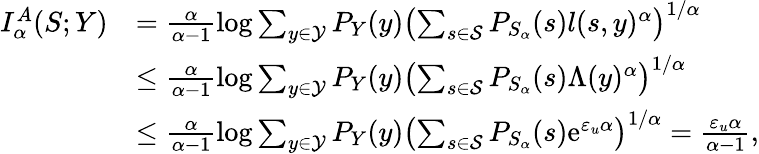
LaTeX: \begin{array}{rl}{I_{\alpha}^{A}(S;Y)}&{=\frac{\alpha}{\alpha-1}\log\sum_{y\in\mathcal{Y}}P_{Y}(y)\left(\sum_{s\in\mathcal{S}}P_{S_{\alpha}}(s)l(s,y)^{\alpha}\right)^{1/\alpha}}\\ &{\leq\frac{\alpha}{\alpha-1}\log\sum_{y\in\mathcal{Y}}P_{Y}(y)\left(\sum_{s\in\mathcal{S}}P_{S_{\alpha}}(s)\Lambda(y)^{\alpha}\right)^{1/\alpha}}\\ &{\leq\frac{\alpha}{\alpha-1}\log\sum_{y\in\mathcal{Y}}P_{Y}(y)\left(\sum_{s\in\mathcal{S}}P_{S_{\alpha}}(s)\mathrm{e}^{\varepsilon_{u}\alpha}\right)^{1/\alpha}=\frac{\varepsilon_{u}\alpha}{\alpha-1},}\end{array}